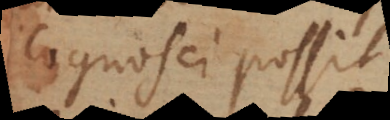
cognosci possit.